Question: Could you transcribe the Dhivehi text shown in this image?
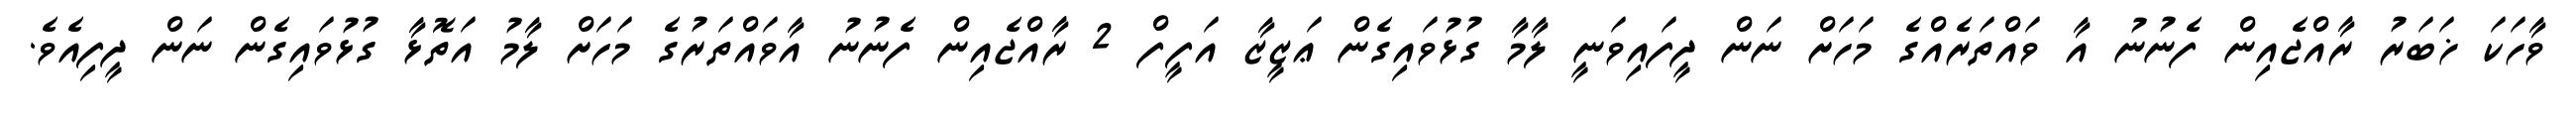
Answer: ވާހަކަ ޚަބަރު ރާއްޖެއިން ފެނުނު އާ ވައްތަރެއްގެ މަހަށް ނަން ދީފައިވަނީ ލާމާ ގުޅުވައިގެން ޢަޒީޒާ އަފީފް 2 ރާއްޖެއިން ފެނުނު އާވައްތަރުގެ މަހަށް ލާމު އަތޮޅާ ގުޅުވައިގެން ނަން ދީފިއެވެ.